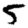
Digit: 5